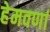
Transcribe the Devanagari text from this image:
हेमवर्णा